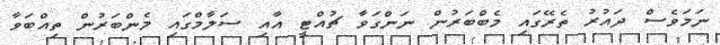
ނަމަވެސް ދައުރު ތެރޭގައި މެބްބަރުން ނަންގަވާ ޗުއްޓީ އާއި ސަލާމްގައި މެންބަރުން ތިއްބަވާ